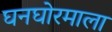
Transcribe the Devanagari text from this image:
घनघोरमाला